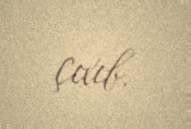
çıxıb.